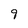
Character: 9